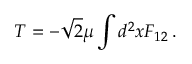
{ \cal T } = - \sqrt { 2 } \mu \int d ^ { 2 } x F _ { 1 2 } \, .